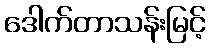
ဒေါက်တာသန်းမြင့်